Vaccination in Bombay 1924-1928 - 1924-1928
Year: 1924
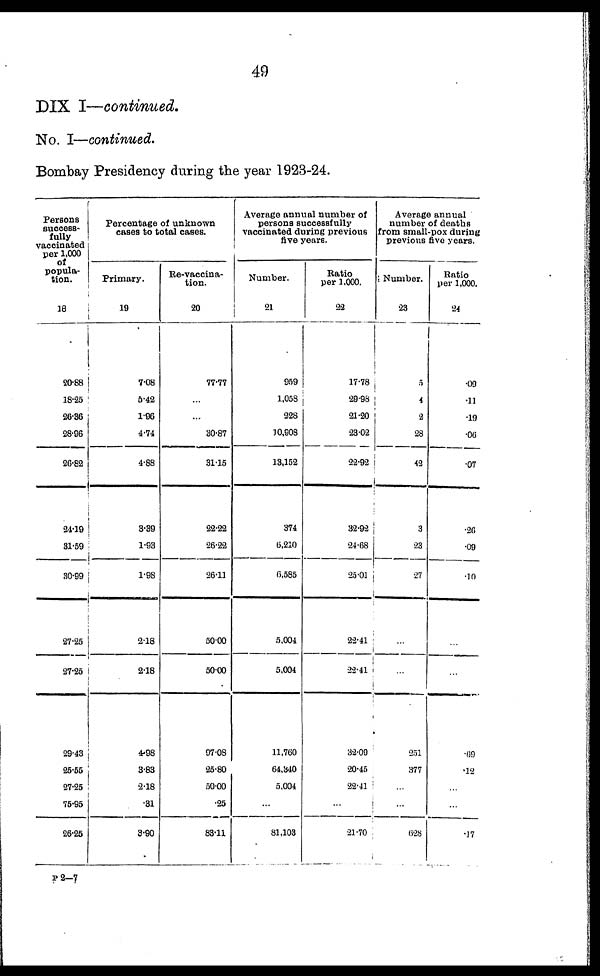
49
DIX I—continued.
No. I—continued.
Bombay Presidency during the year 1923-24.
Persons
success-
fully
vaccinated
per 1,000
of
popula-
tion.
18
20.88
18.25
26.36
28.96
26.82
24.19
31.59
30.99
27.25
27.25
29.43
25.55
27.25
75.95
26.25
Percentage of unknown
cases to total cases.
Primary.
19
7.08
5.42
1.96
4.74
4.88
3.39
1.93
1.98
2.18
2.18
4.98
3.83
2.18
.31
3.90
Re-vaccina-
tion.
20
77.77
...
...
30.87
31.15
22.22
26.22
26.11
50.00
50.00
97.08
25.80
50.00
.25
83.11
Average annual number of
persons successfully
vaccinated during previous
five years.
Number.
21
959
1,058
228
10,908
13,162
374
6,210
6,585
5,004
5,004
11,760
64,340
5,004
...
81,103
Ratio
per 1,000.
22
17.78
29.98
21.20
23.02
22.92
32.92
24.68
25.01
22.41
22.41
32.09
20.45
22.41
...
21.70
Average annual
number of deaths
from small-pox during
previous five years.
Number.
23
5
4
2
28
42
3
23
27
...
...
251
377
...
...
628
Ratio
per 1,000.
24
.09
.11
.19
.06
.07
.26
.09
.10
...
...
.69
.12
...
...
.17
P 2—7